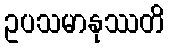
ဥပသမာနုဿတိ